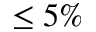
\leq 5 \%